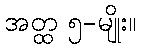
အတ္ထ ၅-မျိုး။